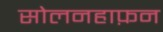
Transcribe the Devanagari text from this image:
सोलनहाफ़न